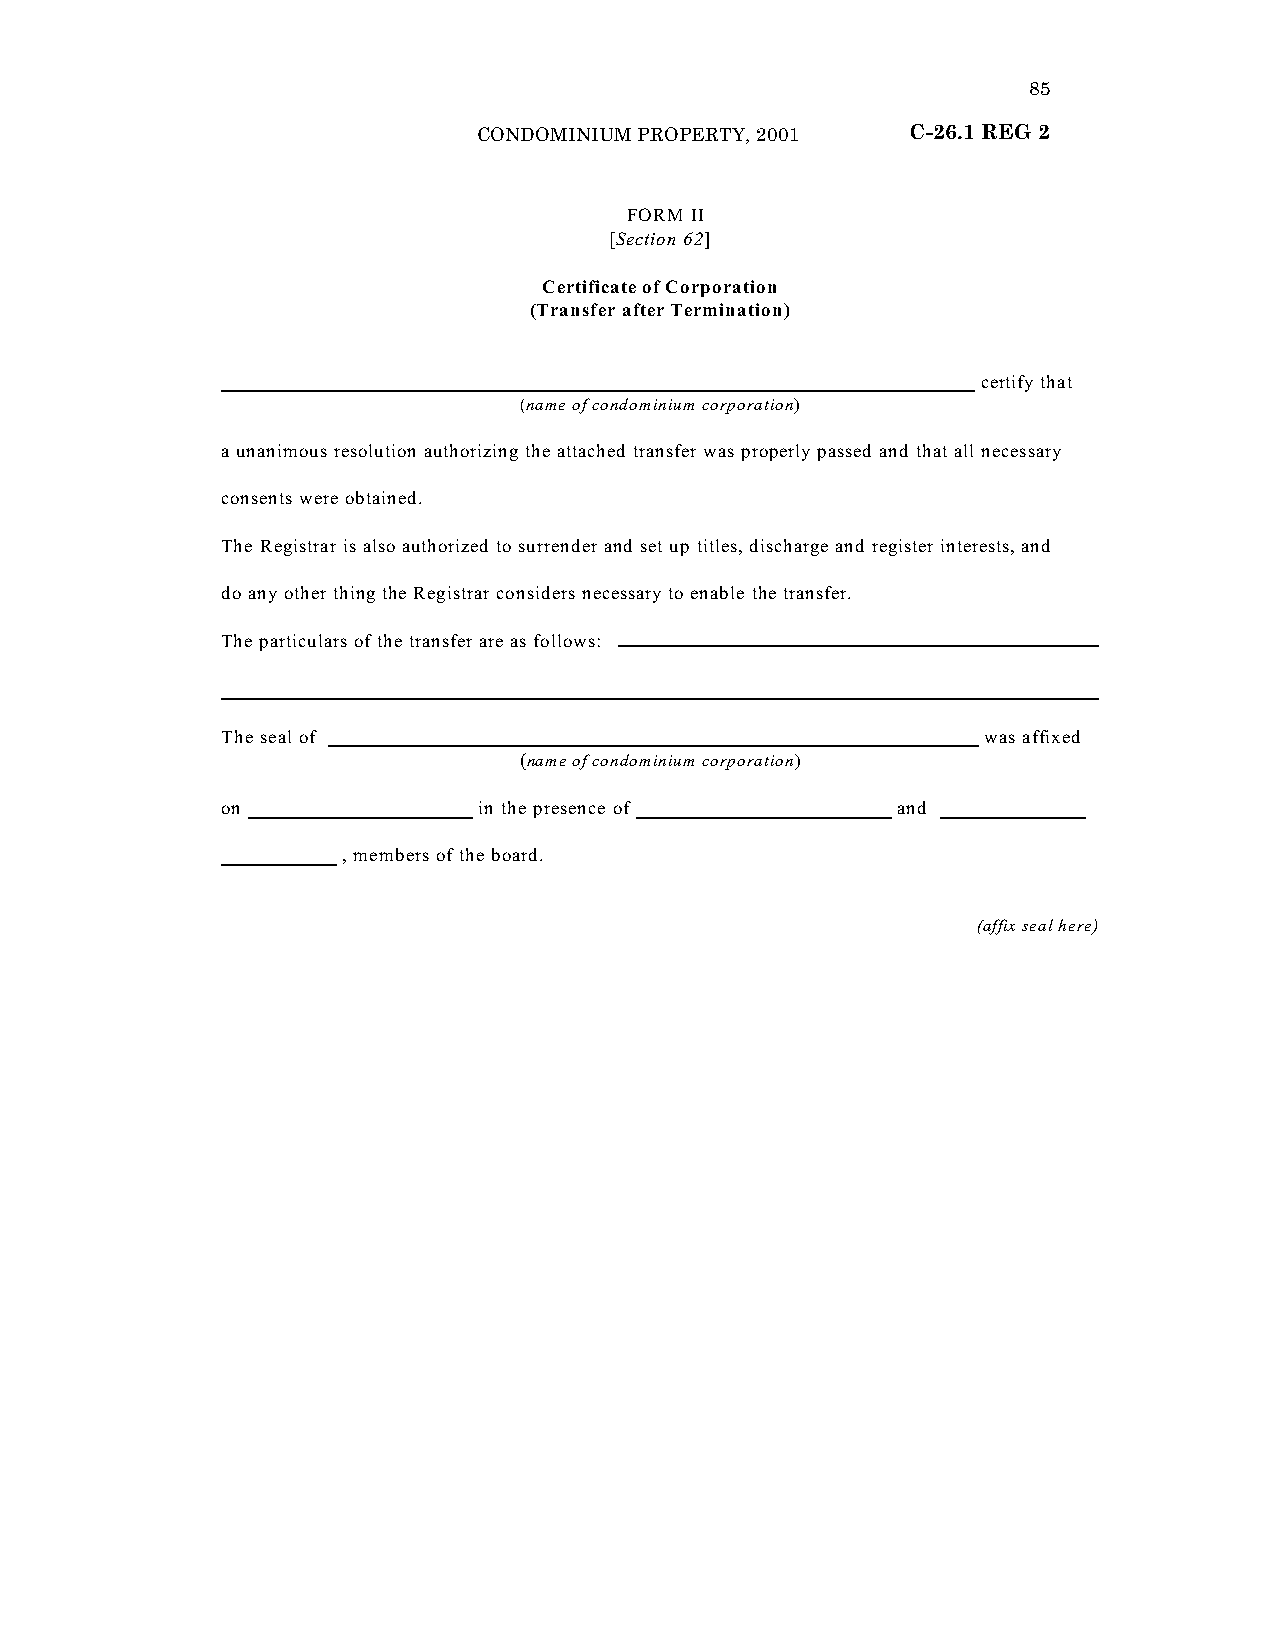
85
 CONDOMINIUM PROPERTY, 2001  C-26.1 REG 2
 “FORM II
 [Section 62]
 Certificate of Corporation
 (Transfer after Termination)
 certify that
 (name of condominium corporation)
 a unanimous resolution authorizing the attached transfer was properly passed and that all necessary
 consents were obtained.
 The Registrar is also authorized to surrender and set up titles, discharge and register interests, and
 do any other thing the Registrar considers necessary to enable the transfer.
 The particulars of the transfer are as follows:
 The seal of                                       was affixed
 (name of condominium corporation)
 on               in the presence of         and
 , members of the board.
 (affix seal here)